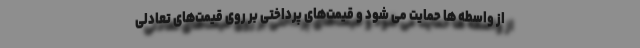
از واسطه ها حمایت می شود و قیمت‌های پرداختی بر روی قیمت‌های تعادلی